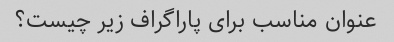
عنوان مناسب برای پاراگراف زیر چیست؟